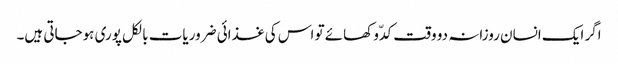
اگر ایک انسان روزانہ دو وقت کدّو کھائے تو اس کی غذائی ضروریات بالکل پوری ہوجاتی ہیں۔